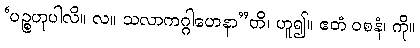
‘ပဉ္စဟုပါလိ။ လ။ သလာကဂ္ဂါဟေနာ”တိ၊ ဟူ၍။ ဧတံ ဝစနံ၊ ကို။